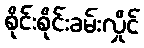
စိုင်းစိုင်းခမ်းလှိုင်